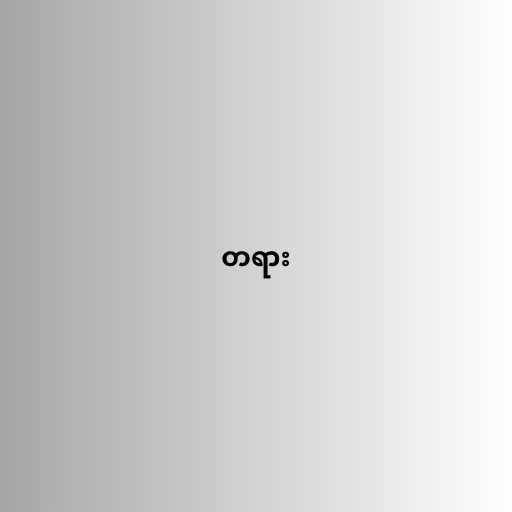
တရား